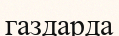
газдарда